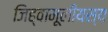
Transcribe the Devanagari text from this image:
जिह्वामूलीयस्य